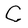
Character: C